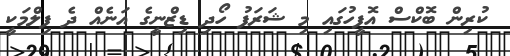
ކުރިން ބޮކްސް އޮފީހުގައި މި ޝަރަފު ހޯދި ޑިޒްނީގެ އަނެއް ދެ ފިލްމަކީ